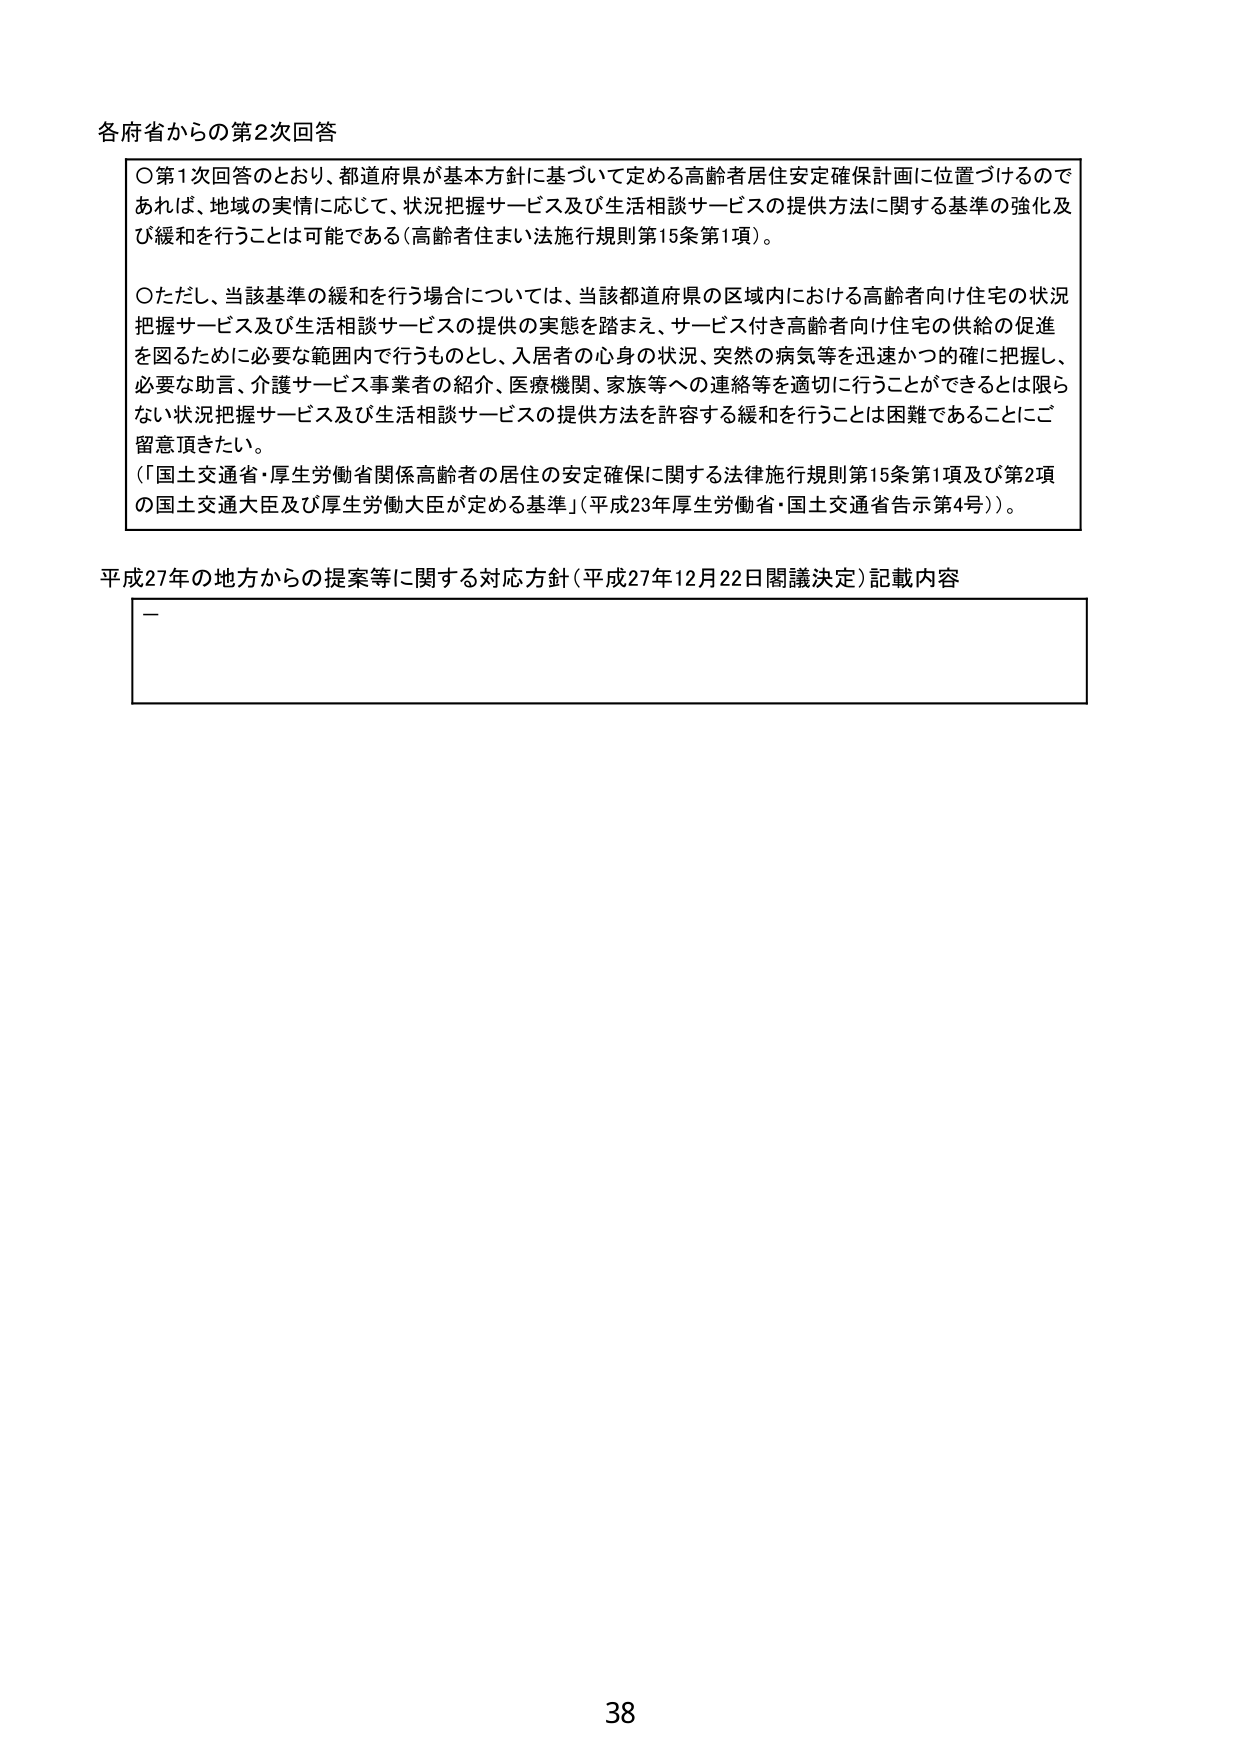
各府省からの第2次回答

○第1次回答のとおり、都道府県が基本方針に基づいて定める高齢者居住安定確保計画に位置づけるのであれば、地域の実情に応じて、状況把握サービス及び生活相談サービスの提供方法に関する基準の強化及び緩和を行うことは可能である（高齢者住まい法施行規則第15条第1項）。

○ただし、当該基準の緩和を行う場合については、当該都道府県の区域内における高齢者向け住宅の状況把握サービス及び生活相談サービスの提供の実態を踏まえ、サービス付き高齢者向け住宅の供給の促進を図るために必要な範囲内で行うものとし、入居者の心身の状況、突然の病気等を迅速かつ的確に把握し、必要な助言、介護サービス事業者の紹介、医療機関、家族等への連絡等を適切に行うことができるとは限らない状況把握サービス及び生活相談サービスの提供方法を許容する緩和を行うことは困難であることにご留意頂きたい。
（「国土交通省・厚生労働省関係高齢者の居住の安定確保に関する法律施行規則第15条第1項及び第2項の国土交通大臣及び厚生労働大臣が定める基準」（平成23年厚生労働省・国土交通省告示第4号））。

平成27年の地方からの提案等に関する対応方針（平成27年12月22日閣議決定）記載内容
－

38